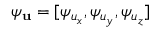
\psi _ { { \bf u } } = [ \psi _ { u _ { x } } , \psi _ { u _ { y } } , \psi _ { u _ { z } } ]